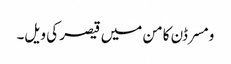
ومسرڈن کامن میں قیصر کی ویل۔